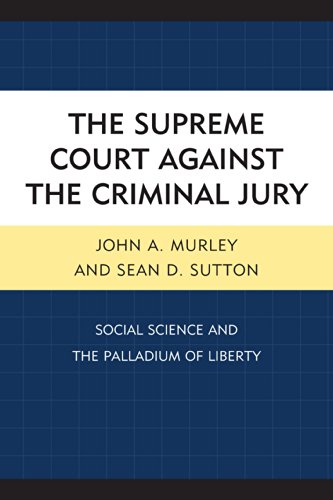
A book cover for The Supreme Court against the Criminal Jury: Social Science and the Palladium of Liberty; John A. Murley; Law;